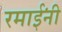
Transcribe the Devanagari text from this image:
रमाईंनी